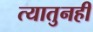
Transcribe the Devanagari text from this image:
त्यातुनही